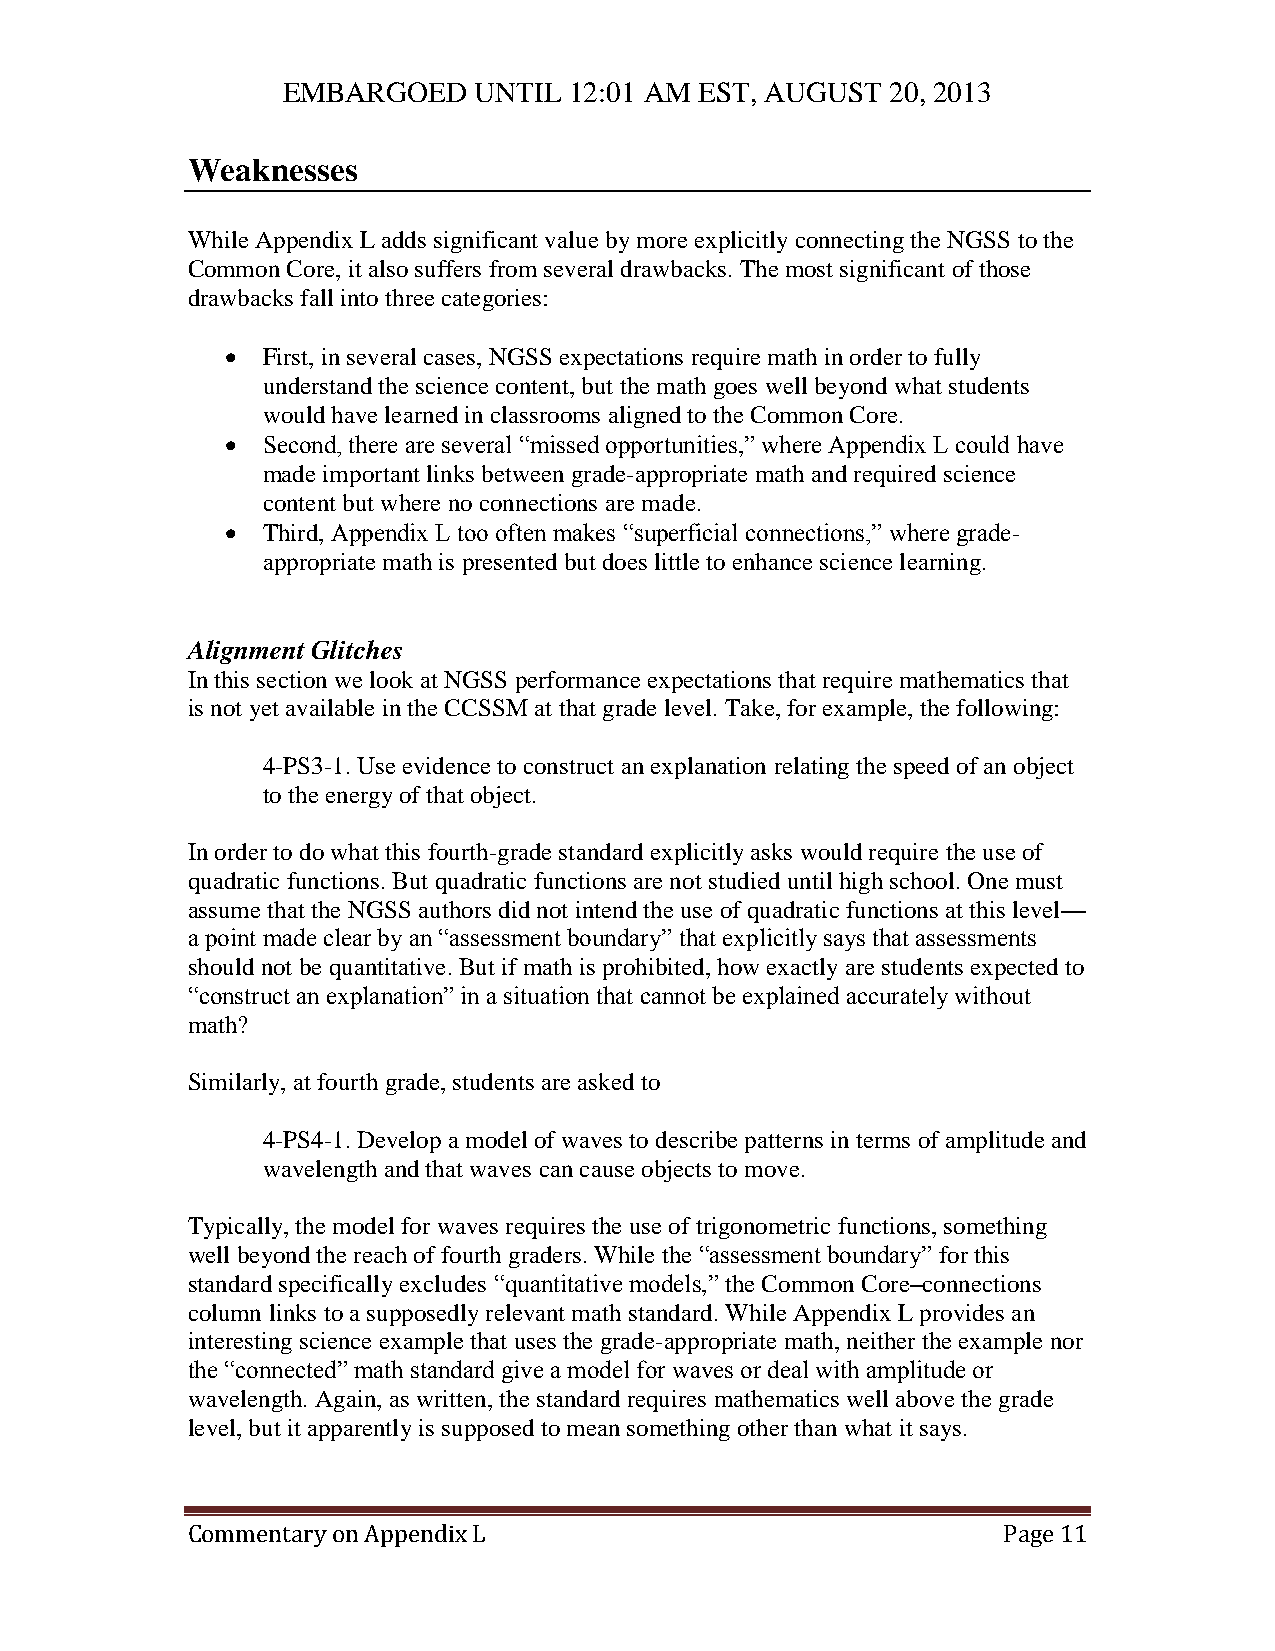
EMBARGOED   UNTIL  12:01 AM EST, AUGUST 20, 2013
 Weaknesses
 While Appendix L adds significant value by more explicitly connecting the NGSS to the
 Common Core, it also suffers from several drawbacks. The most significant of those
 drawbacks fall into three categories:
  First, in several cases, NGSS expectations require math in order to fully
 understand the science content, but the math goes well beyond what students
 would have learned in classrooms aligned to the Common Core.
  Second, there are several “missed opportunities,” where Appendix L could have
 made important links between grade-appropriate math and required science
 content but where no connections are made.
  Third, Appendix L too often makes “superficial connections,” where grade-
 appropriate math is presented but does little to enhance science learning.
 Alignment Glitches
 In this section we look at NGSS performance expectations that require mathematics that
 is not yet available in the CCSSM at that grade level. Take, for example, the following:
 4-PS3-1. Use evidence to construct an explanation relating the speed of an object
 to the energy of that object.
 In order to do what this fourth-grade standard explicitly asks would require the use of
 quadratic functions. But quadratic functions are not studied until high school. One must
 assume that the NGSS authors did not intend the use of quadratic functions at this level—
 a point made clear by an “assessment boundary” that explicitly says that assessments
 should not be quantitative. But if math is prohibited, how exactly are students expected to
 “construct an explanation” in a situation that cannot be explained accurately without
 math?
 Similarly, at fourth grade, students are asked to
 4-PS4-1. Develop a model of waves to describe patterns in terms of amplitude and
 wavelength and that waves can cause objects to move.
 Typically, the model for waves requires the use of trigonometric functions, something
 well beyond the reach of fourth graders. While the “assessment boundary” for this
 standard specifically excludes “quantitative models,” the Common Core–connections
 column links to a supposedly relevant math standard. While Appendix L provides an
 interesting science example that uses the grade-appropriate math, neither the example nor
 the “connected” math standard give a model for waves or deal with amplitude or
 wavelength. Again, as written, the standard requires mathematics well above the grade
 level, but it apparently is supposed to mean something other than what it says.
 Commentary on Appendix L                              Page 11